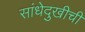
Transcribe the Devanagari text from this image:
सांधेदुखीची